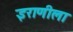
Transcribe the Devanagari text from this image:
इराणीला